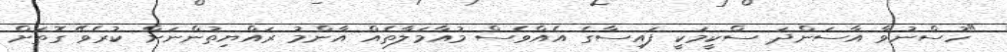
"ހުސްނުވާ އާސަންދަ ސްކީމަކީ ފައިސާގެ އެއްވެސް މުއާމަލާތެއް އާންމު ރައްޔިތުންނަށް ކުރެވޭ ގޮތަށް